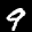
Label: 9